system: You are a helpful assistant.
user:
Analyze the provided spectrum to determine if it is a **"Cataclysmic Variables (CV)"**.

- **Key Indicators for CV (Check for either state):**
    - **State 1: Quiescent / Low-State (Emission-Dominated)**
        - **(Primary):** Strong and *very broad* Hydrogen Balmer emission lines (e.g., $H\alpha$ at 6563 Å, $H\beta$ at 4861 Å). The 'broadness' (high velocity dispersion, often FWHM > 1000 km/s) is the key diagnostic, indicating a high-velocity accretion disk.
        - **(Secondary):** Broad neutral Helium (He I) emission lines (e.g., 5876 Å, 6678 Å).
        - **(Key Confirmation):** Presence of high-excitation *ionized* Helium (He II) emission at 4686 Å. This is a strong indicator of accretion onto a white dwarf.
        - **(Line Profile):** Emission lines may exhibit a 'double-peaked' profile, which is a classic signature of a rotating accretion disk viewed at high inclination.

    - **State 2: Outburst / High-State (Absorption-Dominated)**
        - **(Primary):** Spectrum is dominated by a bright, blue continuum (looks like a hot star).
        - **(Secondary):** The emission lines from State 1 are weak, absent, or 'filled in', and are replaced by broad, shallow *absorption* lines (primarily Balmer and He I).
        - **(Morphology):** The overall spectrum mimics a hot B/A-type star. The crucial difference is that the absorption lines are significantly broader, shallower, and more 'washed-out' (or 'smeared') than the sharp lines of a normal stellar photosphere, due to high rotational speeds and pressure broadening in the disk.

Think first, call **spectral_visualization_tool** if needed to examine features in detail, then provide your final answer. Your response must adhere to the following strict rules:
1.  **Overall Structure:** Your response must follow the format `<think>...</think> <tool_call>...</tool_call> (if a tool is used) <answer>...</answer>`.
2.  **Tool Usage Constraint:** You may only make **one** tool call per turn.
3.  **Final Answer Format:** In the `<answer>` tag, your conclusion must be inside a `\boxed{}` command (e.g., `\boxed{YES}`), followed by your justification.

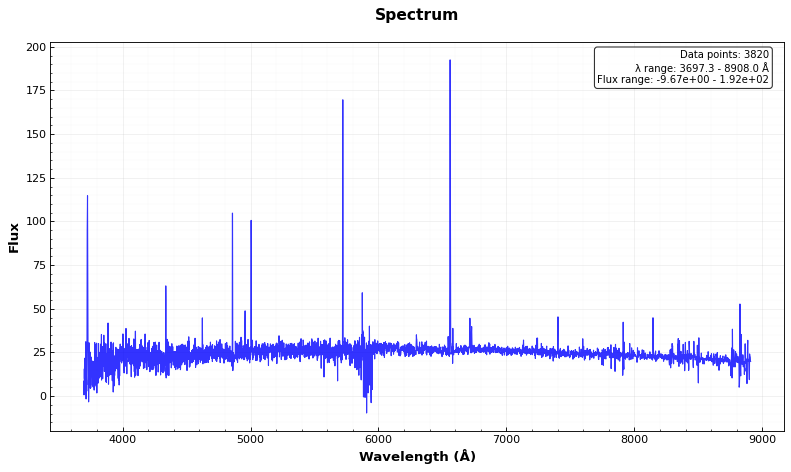
Answer: NO